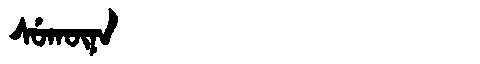
Manchu: ᠰᡠᡴᡡᠨᠠ
Romanization: SUKŪNA